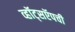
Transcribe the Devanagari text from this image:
व्हॉट्सऍपची